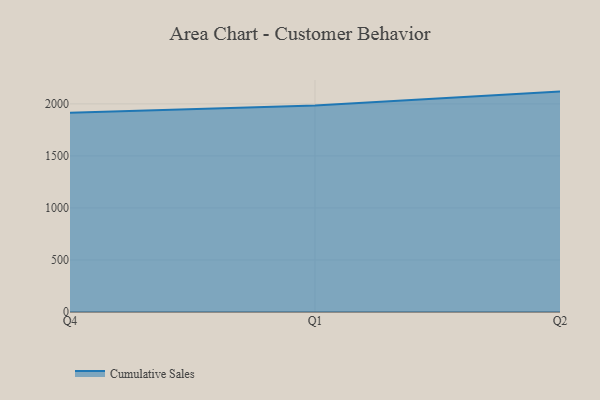
{"axis": {"x": "Quarter", "y": "Gross Profit (USD K)"}, "legend": ["Cumulative Sales"], "data": [{"x": "Q4", "y": 1915.5, "type": "Cumulative Sales"}, {"x": "Q1", "y": 1983.3, "type": "Cumulative Sales"}, {"x": "Q2", "y": 2117.9, "type": "Cumulative Sales"}]}